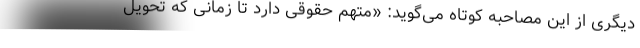
دیگری از این مصاحبه کوتاه می‌گوید: «متهم حقوقی دارد تا زمانی که تحویل